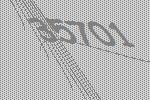
35701